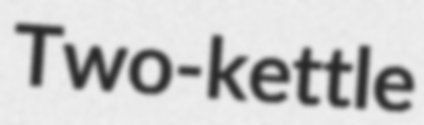
Two-kettle